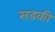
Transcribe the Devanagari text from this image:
सडकी